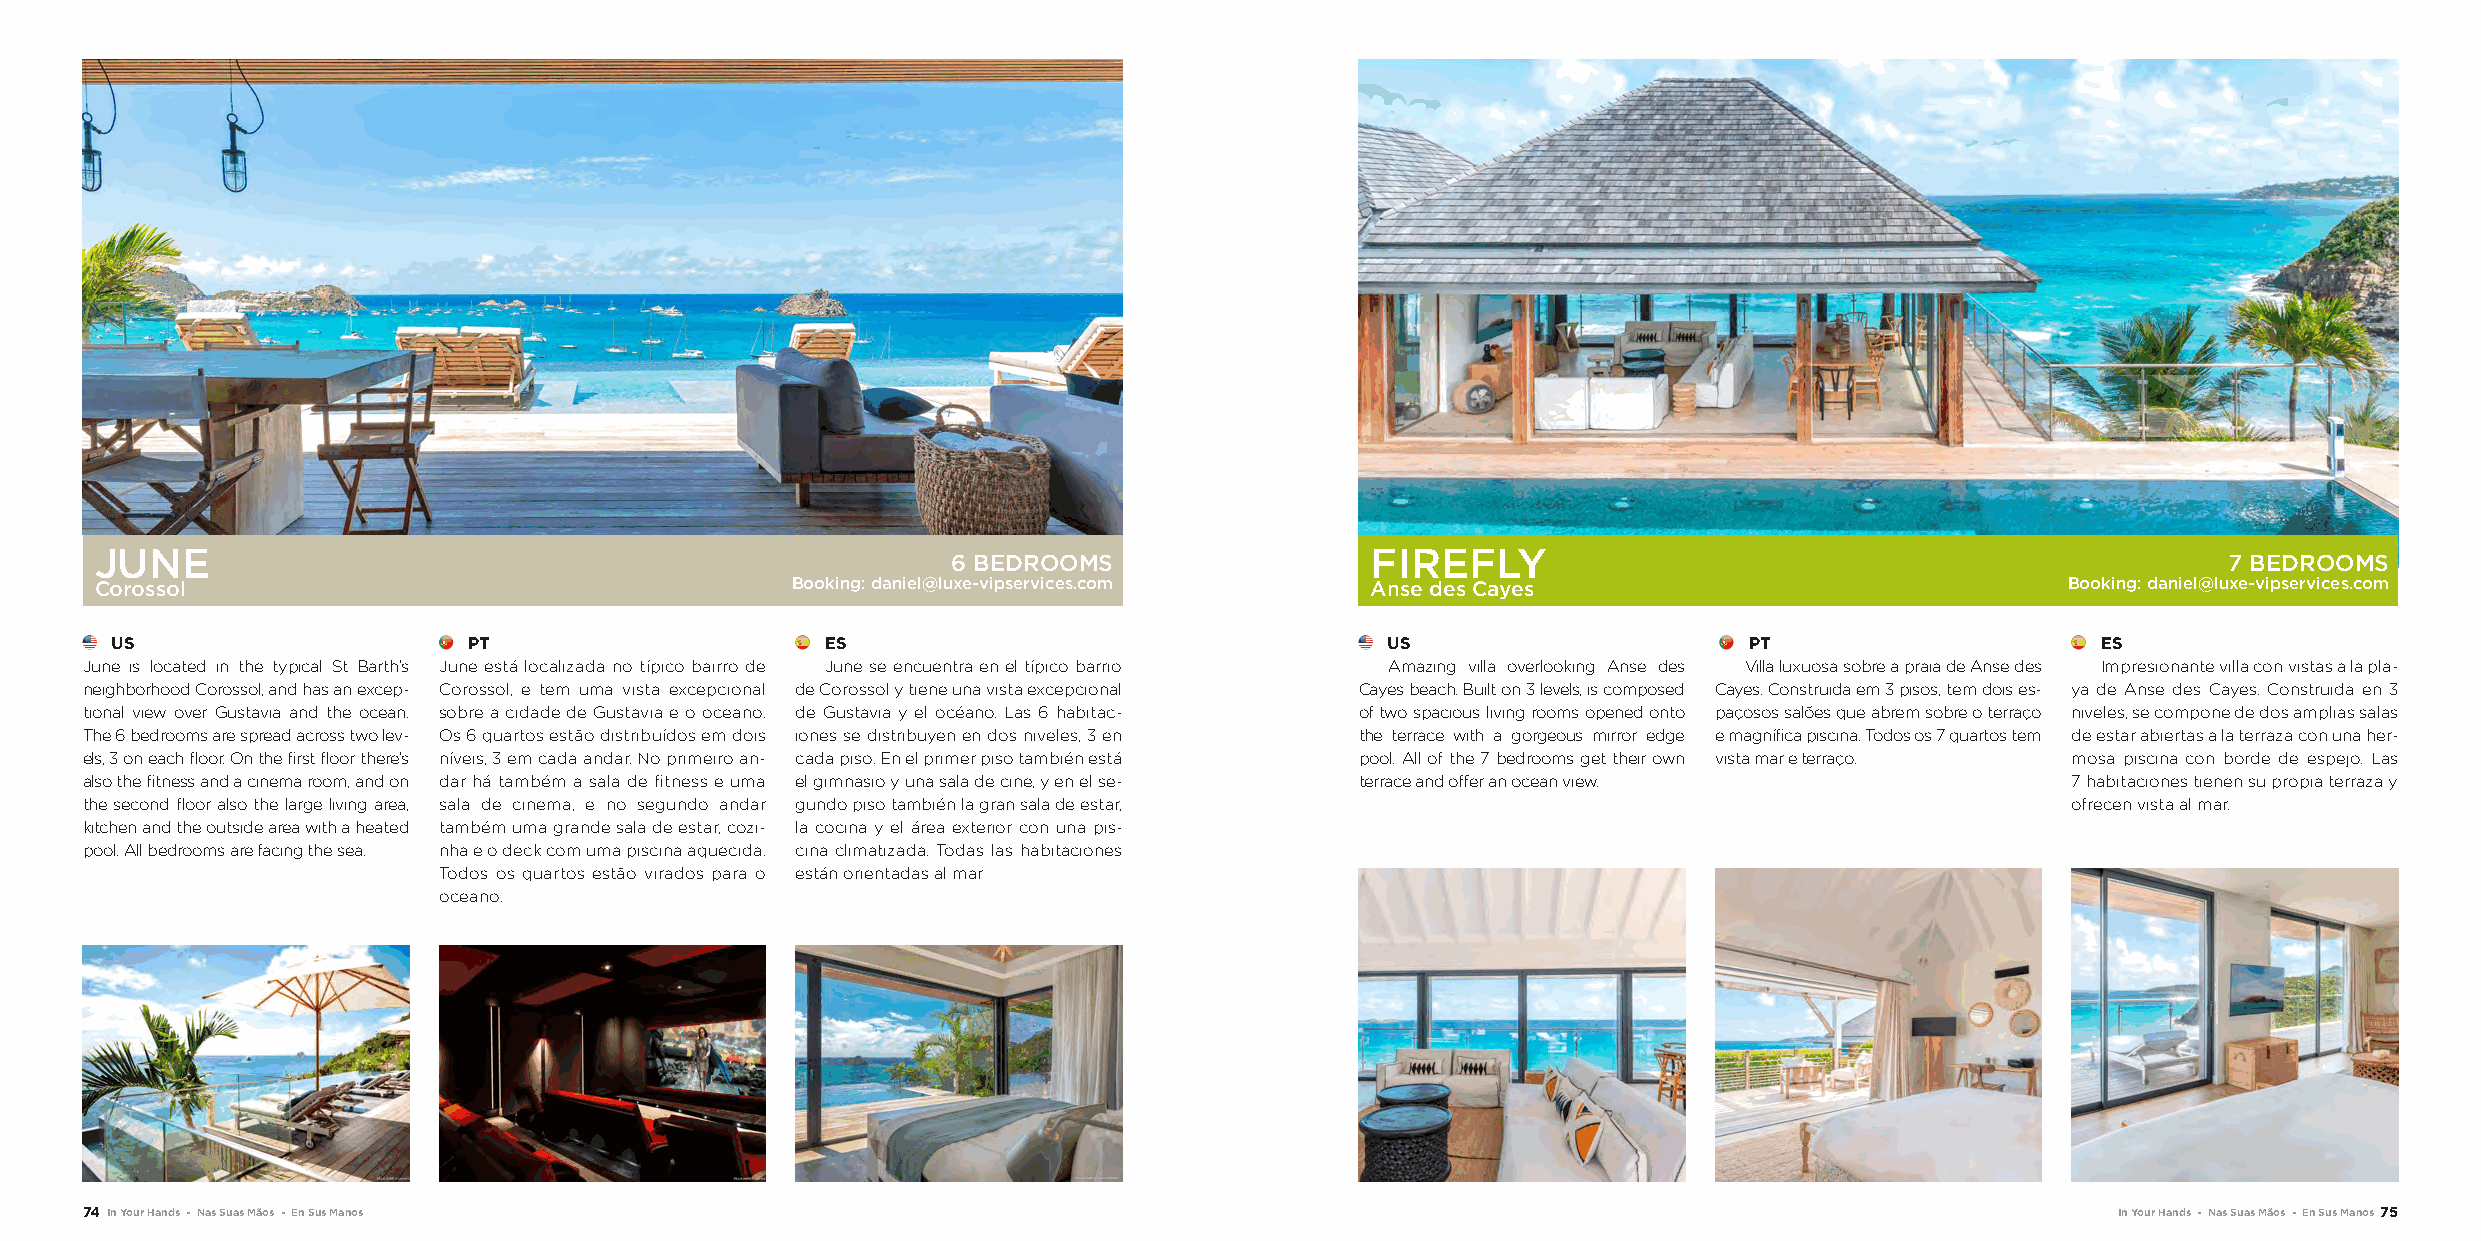
JUNE                                                                                 FIREFLY
 6 BEDROOMS                                                                          7 BEDROOMS
 Corossol                                      Booking: daniel@luxe-vipservices.com   Anse des Cayes                                Booking: daniel@luxe-vipservices.com
 US                      PT                      ES                                   US                      PT                     ES
 June is located in the typical St Barth’s June está localizada no típico bairro de June se encuentra en el típico barrio Amazing villa overlooking Anse des Villa luxuosa sobre a praia de Anse des Impresionante villa con vistas a la pla-
 neighborhood Corossol, and has an excep- Corossol, e tem uma vista excepcional de Corossol y tiene una vista excepcional Cayes beach. Built on 3 levels, is composed Cayes. Construida em 3 pisos, tem dois es- ya de Anse des Cayes. Construida en 3
 tional view over Gustavia and the ocean. sobre a cidade de Gustavia e o oceano. de Gustavia y el océano. Las 6 habitac- of two spacious living rooms opened onto paçosos salões que abrem sobre o terraço niveles, se compone de dos amplias salas
 The 6 bedrooms are spread across two lev- Os 6 quartos estão distribuídos em dois iones se distribuyen en dos niveles, 3 en the terrace with a gorgeous mirror edge e magnífica piscina. Todos os 7 quartos tem de estar abiertas a la terraza con una her-
 els, 3 on each floor. On the first floor there’s níveis, 3 em cada andar. No primeiro an- cada piso. En el primer piso también está pool. All of the 7 bedrooms get their own vista mar e terraço. mosa piscina con borde de espejo. Las
 also the fitness and a cinema room, and on dar há também a sala de fitness e uma el gimnasio y una sala de cine, y en el se- terrace and offer an ocean view. 7 habitaciones tienen su propia terraza y
 the second floor also the large living area, sala de cinema, e no segundo andar gundo piso también la gran sala de estar,           ofrecen vista al mar.
 kitchen and the outside area with a heated também uma grande sala de estar, cozi- la cocina y el área exterior con una pis-
 pool. All bedrooms are facing the sea. nha e o deck com uma piscina aquecida. cina climatizada. Todas las habitaciones
 Todos os quartos estão virados para o están orientadas al mar
 oceano.
 74 In Your Hands - Nas Suas Mãos - En Sus Manos                                                                                        In Your Hands - Nas Suas Mãos - En Sus Manos 75